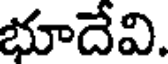
భూదేవి.